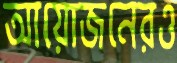
আয়োজনেরও